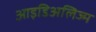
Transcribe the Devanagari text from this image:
आइडिअलिज्म